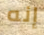
إنه